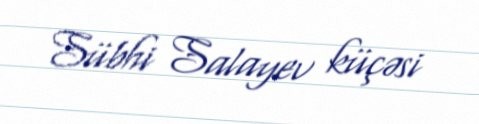
Sübhi Salayev küçəsi